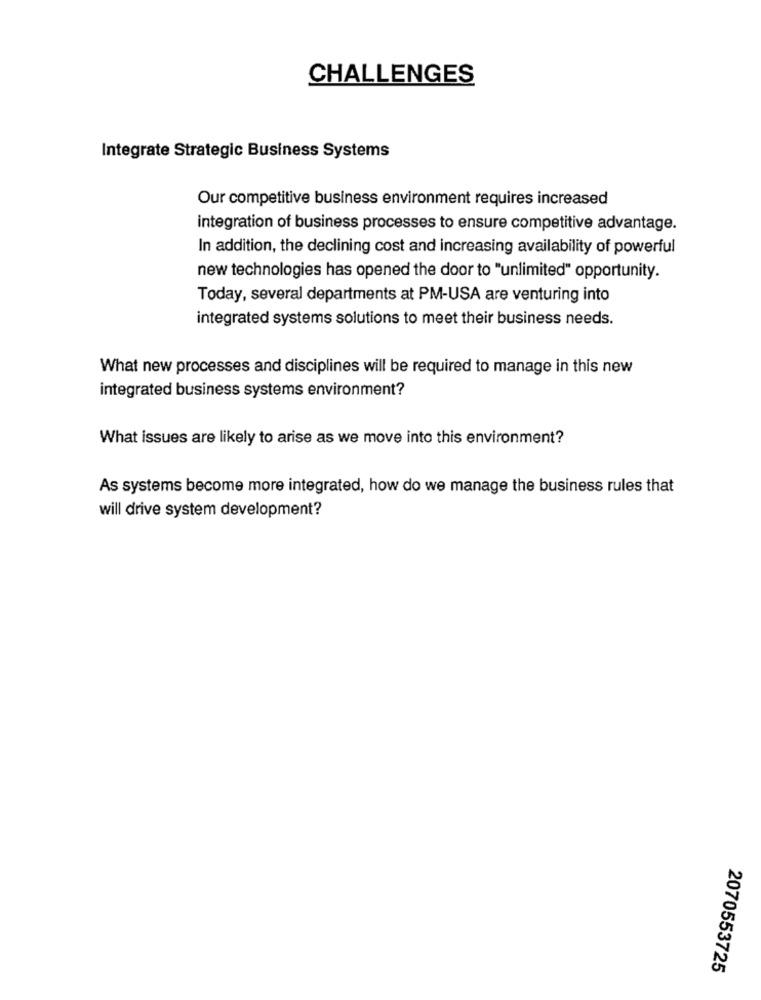
CHALLENGES
Integrate Strategic Business Systems
Our competitive business environment requires increased
integration of business processes to ensure competitive advantage.
In addition, the declining cost and increasing availability of powerful
new technologies has opened the door to "unlimited" opportunity.
Today, several departments at PM-USA are venturing into
integrated systems solutions to meet their business needs.
What new processes and disciplines will be required to manage in this new
integrated business systems environment?
What issues are likely to arise as we move into this environment?
As systems become more integrated, how do we manage the business rules that
will drive system development?
2070553725